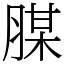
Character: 腜